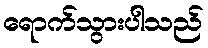
ရောက်သွားပါသည်